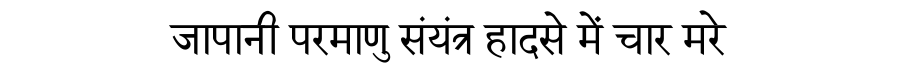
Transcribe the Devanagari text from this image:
जापानी परमाणु संयंत्र हादसे में चार मरे